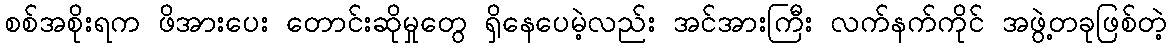
စစ်အစိုးရက ဖိအားပေး တောင်းဆိုမှုတွေ ရှိနေပေမဲ့လည်း အင်အားကြီး လက်နက်ကိုင် အဖွဲ့တခုဖြစ်တဲ့